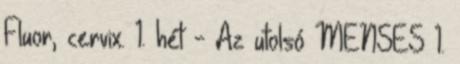
Fluor, cervix. 1. hét - Az utolsó MENSES 1.